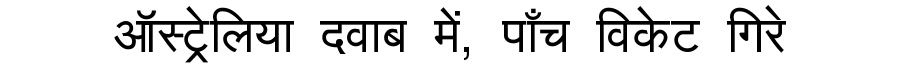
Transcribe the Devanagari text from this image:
ऑस्ट्रेलिया दवाब में, पाँच विकेट गिरे